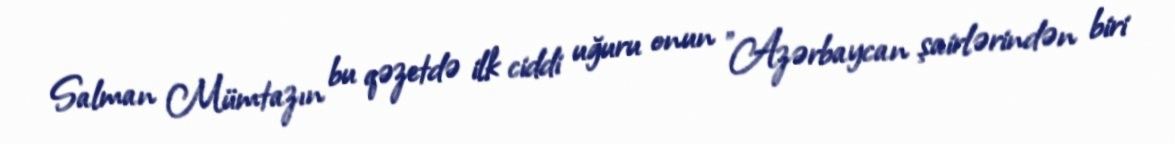
Salman Mümtazın bu qəzetdə ilk ciddi uğuru onun "Azərbaycan şairlərindən biri